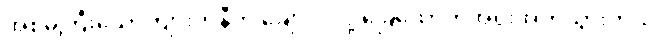
အစ်မကြီးယောက်ျားကိုနီက ချော်လဲလို့ ခြေထောက်အရိုးအက်သွားတယ်။